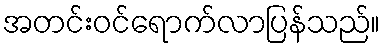
အတင်းဝင်ရောက်လာပြန်သည်။